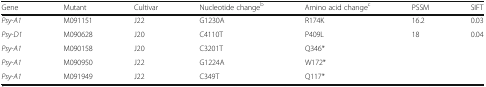
<table><thead><tr><td><b>Gene</b></td><td><b>Mutant</b></td><td><b>Cultivar</b></td><td><b>Nucleotide change<sup>b</sup></b></td><td><b>Amino acid change<sup>c</sup></b></td><td><b>PSSM</b></td><td><b>SIFT</b></td></tr></thead><tbody><tr><td><i>Psy-A1</i></td><td>M091151</td><td>J22</td><td>G1230A</td><td>R174K</td><td>16.2</td><td>0.03</td></tr><tr><td><i>Psy-D1</i></td><td>M090628</td><td>J20</td><td>C4110T</td><td>P409L</td><td>18</td><td>0.04</td></tr><tr><td><i>Psy-A1</i></td><td>M090158</td><td>J20</td><td>C3201T</td><td>Q346*</td><td></td><td></td></tr><tr><td><i>Psy-A1</i></td><td>M090950</td><td>J22</td><td>G1224A</td><td>W172*</td><td></td><td></td></tr><tr><td><i>Psy-A1</i></td><td>M091949</td><td>J22</td><td>C349T</td><td>Q117*</td><td></td><td></td></tr></tbody></table>